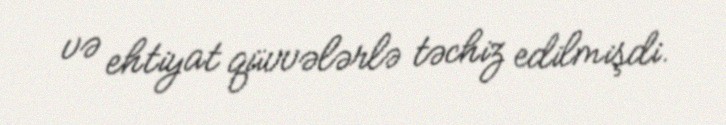
və ehtiyat qüvvələrlə təchiz edilmişdi.